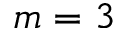
m = 3